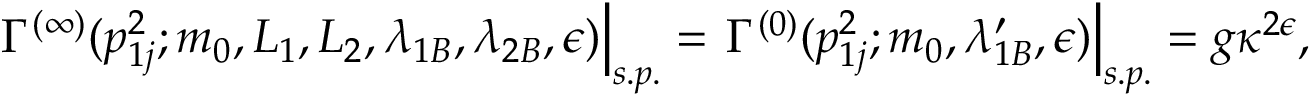
\left. \Gamma ^ { ( \infty ) } ( p _ { 1 j } ^ { 2 } ; m _ { 0 } , L _ { 1 } , L _ { 2 } , \lambda _ { 1 B } , \lambda _ { 2 B } , \epsilon ) \right| _ { s . p . } = \left. \Gamma ^ { ( 0 ) } ( p _ { 1 j } ^ { 2 } ; m _ { 0 } , \lambda _ { 1 B } ^ { \prime } , \epsilon ) \right| _ { s . p . } = g \kappa ^ { 2 \epsilon } ,